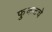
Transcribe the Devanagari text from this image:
फुकटचे